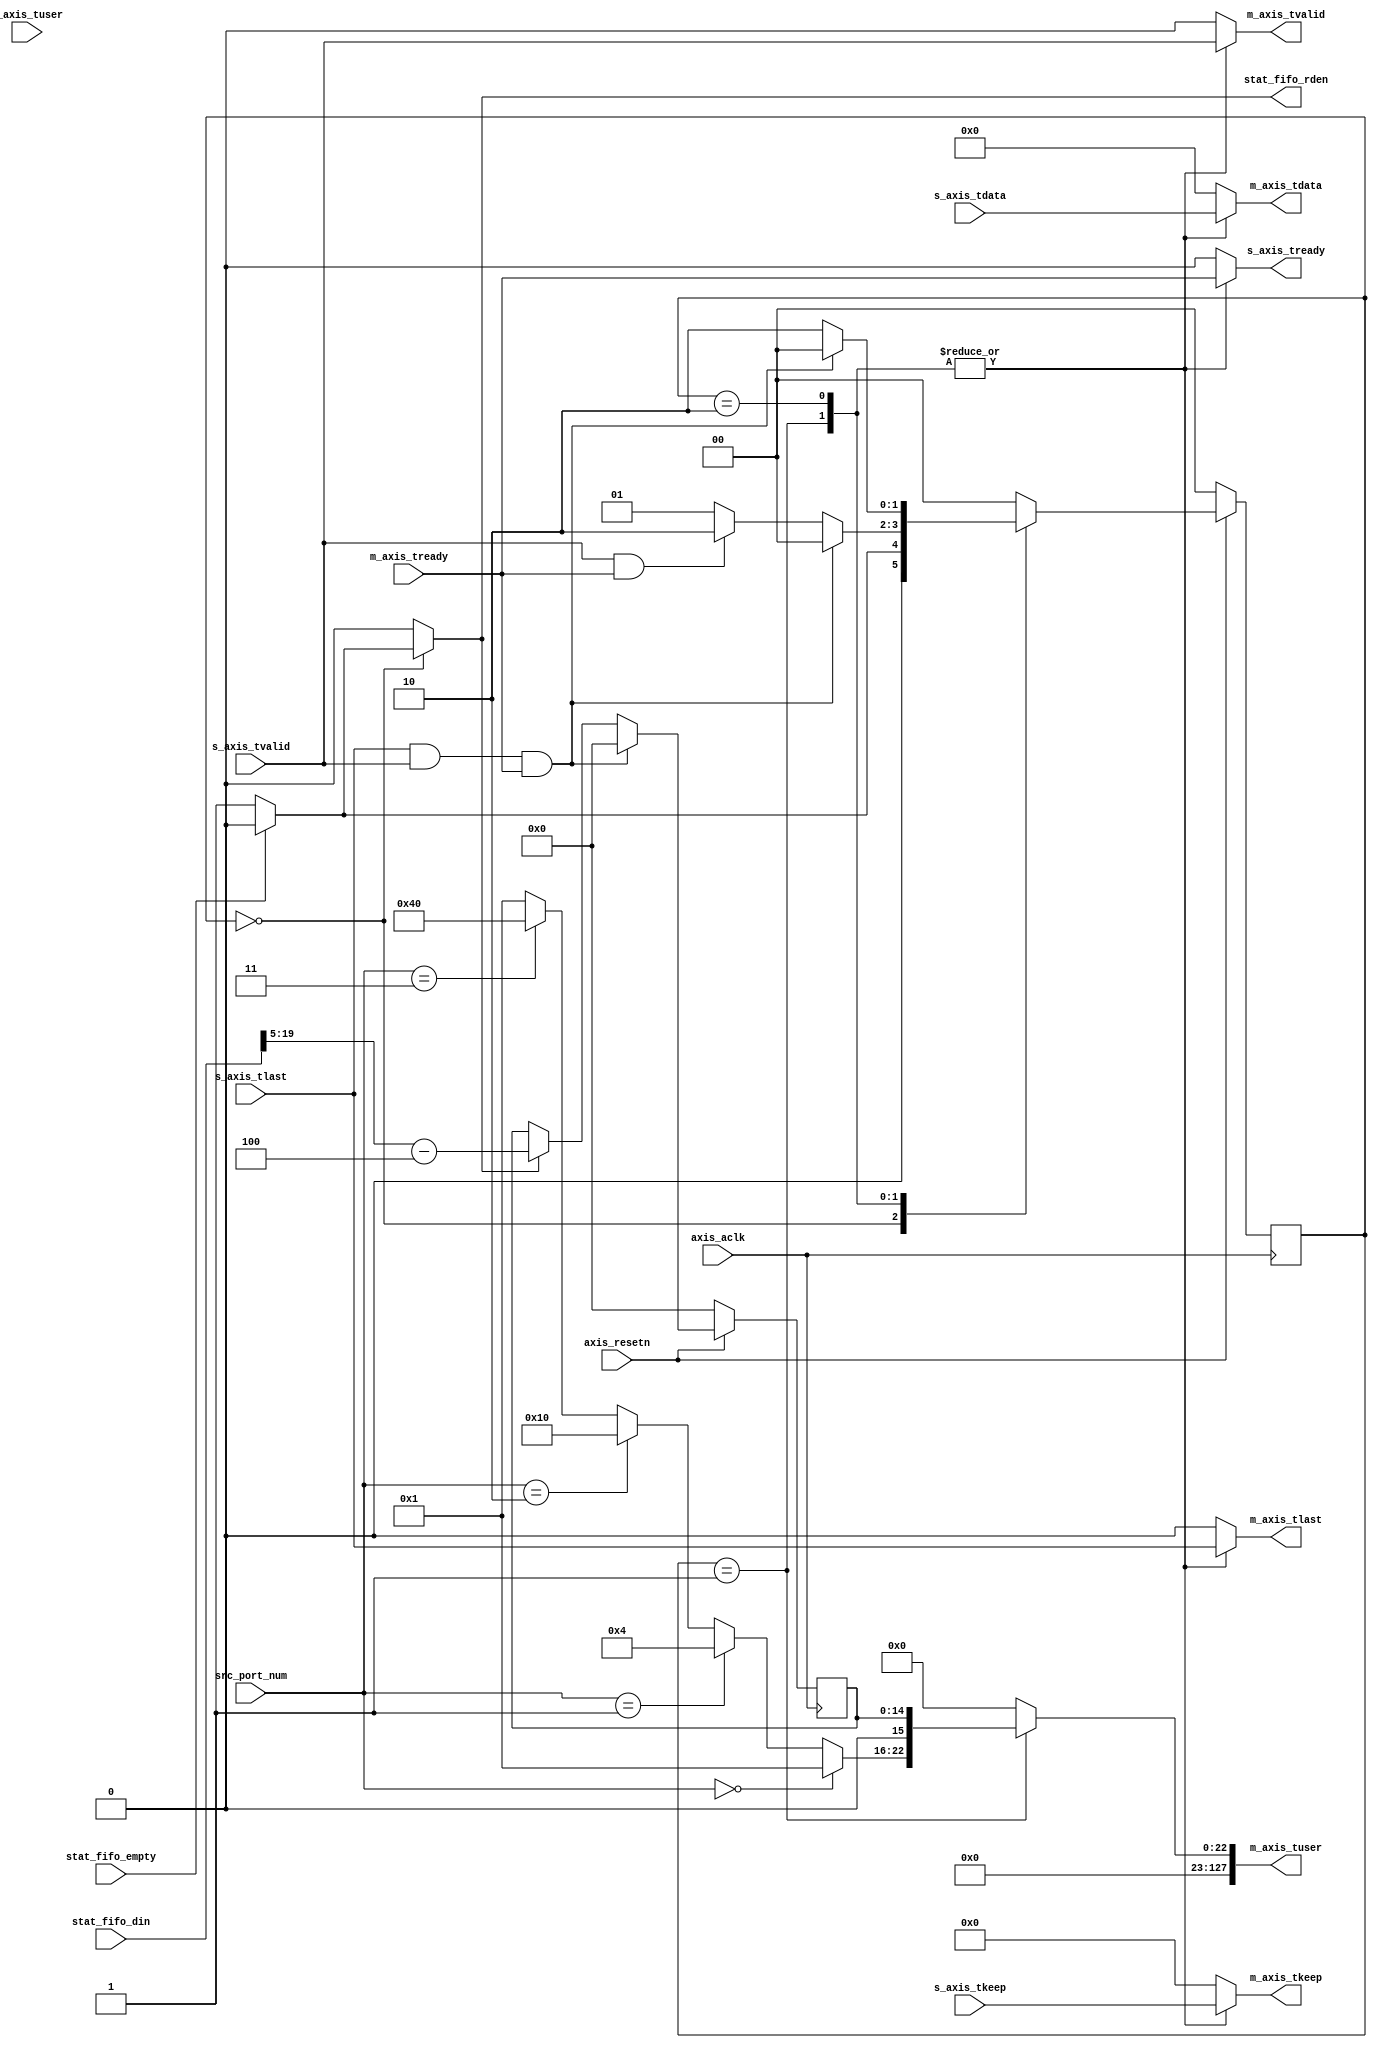
//
// Copyright (c) 2015 University of Cambridge All rights reserved.
//
// This software was developed by the University of Cambridge Computer
// Laboratory under EPSRC INTERNET Project EP/H040536/1, National Science
// Foundation under Grant No. CNS-0855268, and Defense Advanced Research
// Projects Agency (DARPA) and Air Force Research Laboratory (AFRL), under
// contract FA8750-11-C-0249.
//
// @NETFPGA_LICENSE_HEADER_START@
//
// Licensed to NetFPGA C.I.C. (NetFPGA) under one or more
// contributor license agreements.  See the NOTICE file distributed with this
// work for additional information regarding copyright ownership.  NetFPGA
// licenses this file to you under the NetFPGA Hardware-Software License,
// Version 1.0 (the "License"); you may not use this file except in compliance
// with the License.  You may obtain a copy of the License at:
//
//   http://netfpga-cic.org
//
// Unless required by applicable law or agreed to in writing, Work distributed
// under the License is distributed on an "AS IS" BASIS, WITHOUT WARRANTIES OR
// CONDITIONS OF ANY KIND, either express or implied.  See the License for the
// specific language governing permissions and limitations under the License.
//
// @NETFPGA_LICENSE_HEADER_END@


`timescale 1ns/1ps

module nf_10g_metadata
#(
   // Master AXI Stream Data Width
   parameter   C_M_AXIS_DATA_WIDTH  = 64,
   parameter   C_S_AXIS_DATA_WIDTH  = 64,
   parameter   C_M_AXIS_TUSER_WIDTH = 128,
   parameter   C_S_AXIS_TUSER_WIDTH = 128,
   parameter   PKT_SIZE_POS         = 0,
   parameter   META_DATA_WIDTH      = 30
)
(
   //Global Ports
   input                                           axis_aclk,
   input                                           axis_resetn,

   // Master Stream Ports
   output   reg   [C_M_AXIS_DATA_WIDTH-1:0]        m_axis_tdata,
   output   reg   [(C_M_AXIS_DATA_WIDTH/8)-1:0]    m_axis_tkeep,
   output   reg   [C_M_AXIS_TUSER_WIDTH-1:0]       m_axis_tuser,
   output   reg                                    m_axis_tvalid,
   input                                           m_axis_tready,
   output   reg                                    m_axis_tlast,

   // Slave Stream Ports
   input          [C_S_AXIS_DATA_WIDTH-1:0]        s_axis_tdata,
   input          [(C_S_AXIS_DATA_WIDTH/8)-1:0]    s_axis_tkeep,
   input          [C_S_AXIS_TUSER_WIDTH-1:0]       s_axis_tuser,
   input                                           s_axis_tvalid,
   output   reg                                    s_axis_tready,
   input                                           s_axis_tlast,

   // Async fifo for meta data stats
   input                                           stat_fifo_empty,
   input          [META_DATA_WIDTH-1:0]            stat_fifo_din,
   output   reg                                    stat_fifo_rden,

   // source port interface 
   input          [7:0]                            src_port_num    
);

`define  IDLE     0
`define  HEAD     1
`define  SEND     2

reg   [1:0]    current_st, next_st;
reg   [14:0]   r_stat_din;

always @(posedge axis_aclk)
   if (~axis_resetn)
      current_st  <= `IDLE;
   else
      current_st  <= next_st;

always @(posedge axis_aclk)
   if (~axis_resetn)
      r_stat_din  <= 0;
   else if (s_axis_tlast & s_axis_tvalid & m_axis_tready)
      r_stat_din  <= 0;
   else if (stat_fifo_rden)
      r_stat_din  <= stat_fifo_din[5+:15]-4;

wire  [C_S_AXIS_TUSER_WIDTH-1:0]    w_tuser;

wire  [7:0]    w_src_port_num = (src_port_num == 0) ? 8'h01 :
                                (src_port_num == 1) ? 8'h04 :
                                (src_port_num == 2) ? 8'h10 :
                                (src_port_num == 3) ? 8'h40 : 8'h01;

assign w_tuser = {96'h0, 8'h0, w_src_port_num, 1'b0, r_stat_din};

always @(*) begin
   m_axis_tdata   = 0;
   m_axis_tkeep   = 0;
   m_axis_tuser   = 0;
   m_axis_tvalid  = 0;
   m_axis_tlast   = 0;
   s_axis_tready  = 0;
   stat_fifo_rden = 0;
   next_st        = 0;
   case (current_st)
      `IDLE : begin
         m_axis_tdata   = 0;
         m_axis_tkeep   = 0;
         m_axis_tuser   = 0;
         m_axis_tvalid  = 0;
         m_axis_tlast   = 0;
         s_axis_tready  = 0;
         stat_fifo_rden = (~stat_fifo_empty) ? 1 : 0;
         next_st        = (~stat_fifo_empty) ? `HEAD : `IDLE;
      end
      `HEAD : begin
         m_axis_tdata   = s_axis_tdata;
         m_axis_tkeep   = s_axis_tkeep;
         m_axis_tuser   = w_tuser;
         m_axis_tvalid  = s_axis_tvalid;
         m_axis_tlast   = s_axis_tlast;
         s_axis_tready  = m_axis_tready;
         stat_fifo_rden = 0;
         next_st        = (s_axis_tlast & s_axis_tvalid & m_axis_tready) ? `IDLE :
                          (               s_axis_tvalid & m_axis_tready) ? `SEND : `HEAD;
      end
      `SEND : begin
         m_axis_tdata   = s_axis_tdata;
         m_axis_tkeep   = s_axis_tkeep;
         m_axis_tuser   = 0;
         m_axis_tvalid  = s_axis_tvalid;
         m_axis_tlast   = s_axis_tlast;
         s_axis_tready  = m_axis_tready;
         stat_fifo_rden = 0;
         next_st        = (s_axis_tlast & s_axis_tvalid & m_axis_tready) ? `IDLE : `SEND;
      end
   endcase
end

endmodule